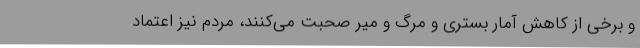
و برخی از کاهش آمار بستری و مرگ و میر صحبت می‌کنند، مردم نیز اعتماد